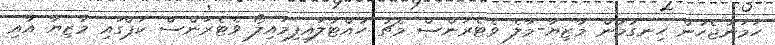
ހަމަނުޖެހުން ހިނގުމުން މާޒިޔާ-މާލެ ވެޓެރަންސް މެޗު ހުއްޓާލައިފިމައިލޯ ވެޓެރަންސް ކަޕްގައި މާޒިޔާ އާއި